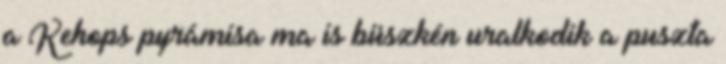
a Kehops pyrámisa ma is büszkén uralkodik a puszta